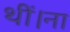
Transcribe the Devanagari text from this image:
थीं।ना